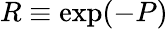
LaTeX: R\equiv\exp(-P)